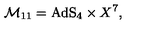
\mathcal { M } _ { 1 1 } = \mathrm { A d S } _ { 4 } \times X ^ { 7 } ,